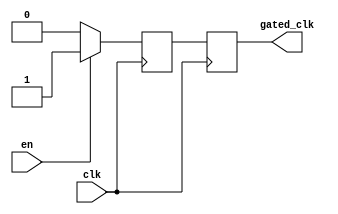
module ClockGatingBuffer (
    input wire clk,      // Primary clock signal
    input wire en,       // Enable signal
    output reg gated_clk // Gated clock output
);

// Internal signal to synchronize the gated clock
reg gated_clk_sync;

// Always block to handle the gated clock logic
always @(posedge clk) begin
    if (en) begin
        gated_clk_sync <= 1'b1; // Allow clock to pass through
    end else begin
        gated_clk_sync <= 1'b0; // Hold clock low
    end
end

// Assign the gated clock output
always @(posedge clk) begin
    gated_clk <= gated_clk_sync; // Synchronize gated clock output
end

endmodule